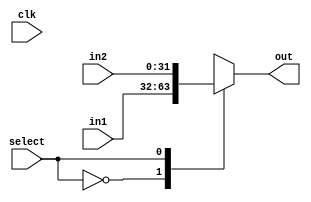
module MUX_2to1(clk,out, in1 , in2, select );
  input [31:0] in1, in2;
  input select,clk;
  output [31:0]out;
  reg [31:0]out;
  always @(*)
    begin
      case(select)
          1'b0:   out=in1;
          1'b1:  out=in2;
      endcase
    end
 endmodule

 module MUX_2to1_wb (clk,out, in1 , in2, select );
  input [31:0] in1, in2;
  input select,clk;
  output [31:0]out;
  reg [31:0]out;
  always @(posedge clk)
    begin
      case(select)
          1'b0:   out=in1;
          1'b1:  out=in2;
      endcase
    end
 endmodule

 module MUX_2to1_5b(clk,out, in1 , in2, select );
  input [4:0] in1, in2;
  input select,clk;
  output [4:0]out;
  reg [4:0]out;
  always @(posedge clk)
    begin
      case(select)
          1'b0:   out=in1;
          1'b1:  out=in2;
      endcase
    end
 endmodule

// module testbench8();
// reg clk;
// reg [31:0] in1, in2;
// reg sel;
// wire [31:0] out;
//
// MUX_2to1 test(clk,out, in1 , in2, sel );
//
// initial begin
// 		clk=0;
// 		forever
// 		#5 clk = ~clk;
// 	end
//
// initial begin
// #0 in1 <= 32'd5;
// #0 in2 <= 32'd9;
// #0 sel <= 1'b0;
// #5 sel <= 1'b1;
// #10 in2 <= 32'd0;
//
//
// #15 $finish;
// end
//
//
// initial
// 		$monitor("time: %t in1: %d in2: %d  sel: %d out: %d ",$time,in1,in2,sel,out);
//
//
// endmodule